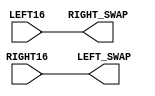
`timescale 1ns / 1ps
//////////////////////////////////////////////////////////////////////////////////
// Company: 
// Engineer: 
// 
// Design Name: 
// Module Name:    Swap 
// Project Name: 
// Target Devices: 
// Tool versions: 
// Description: 
//
// Dependencies: 
//
// Revision: 
// Revision 0.01 - File Created
// Additional Comments: 
//
//////////////////////////////////////////////////////////////////////////////////
module Swap(LEFT16, RIGHT16, LEFT_SWAP, RIGHT_SWAP);
input [32 : 1]LEFT16;
input [32 : 1]RIGHT16;
output [32 : 1]LEFT_SWAP;
output [32 : 1]RIGHT_SWAP;
wire [32 : 1]LEFT16;
wire [32 : 1]RIGHT16;
wire [32 : 1]LEFT_SWAP;
wire [32 : 1]RIGHT_SWAP;
assign LEFT_SWAP = RIGHT16;
assign RIGHT_SWAP = LEFT16;
endmodule